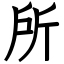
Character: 所